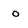
Character: o